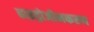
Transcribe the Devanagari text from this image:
हाइड्रोजीनकरण